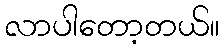
လာပါတော့တယ်။